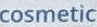
Cosmetic